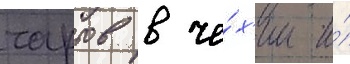
чартов в че́х'ии и́